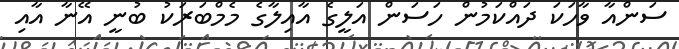
ސަންއާ ވާހަކަ ދައްކަމުން ހަސަން އަލީގެ އާއިލާގެ މެމްބަރަކު ބުނީ އޭނާ އާއި